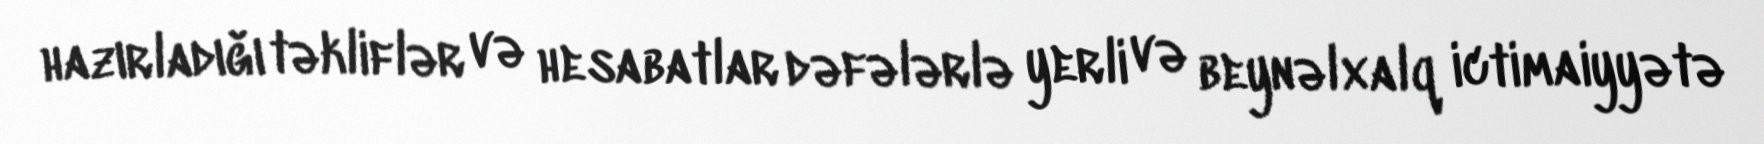
hazırladığı təkliflər və hesabatlar dəfələrlə yerli və beynəlxalq ictimaiyyətə